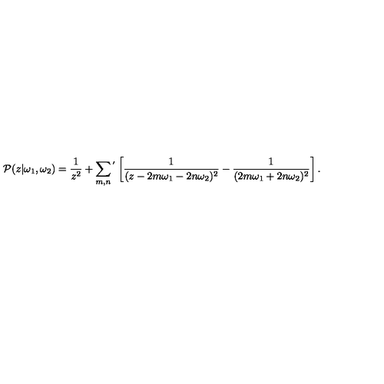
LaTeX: { \cal P } ( z | \omega _ { 1 } , \omega _ { 2 } ) = \frac { 1 } { z ^ { 2 } } + \sum _ { m , n } { } ^ { ' } \left[ \frac { 1 } { ( z - 2 m \omega _ { 1 } - 2 n \omega _ { 2 } ) ^ { 2 } } - \frac { 1 } { ( 2 m \omega _ { 1 } + 2 n \omega _ { 2 } ) ^ { 2 } } \right] .